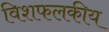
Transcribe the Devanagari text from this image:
विशफलकीय